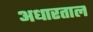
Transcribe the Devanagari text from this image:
अधारताल